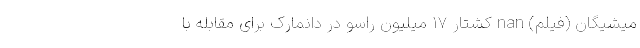
میشیگان (فیلم) nan کشتار 17 میلیون راسو در دانمارک برای مقابله با